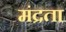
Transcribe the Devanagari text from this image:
मंद्रता